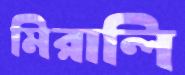
মিরালি